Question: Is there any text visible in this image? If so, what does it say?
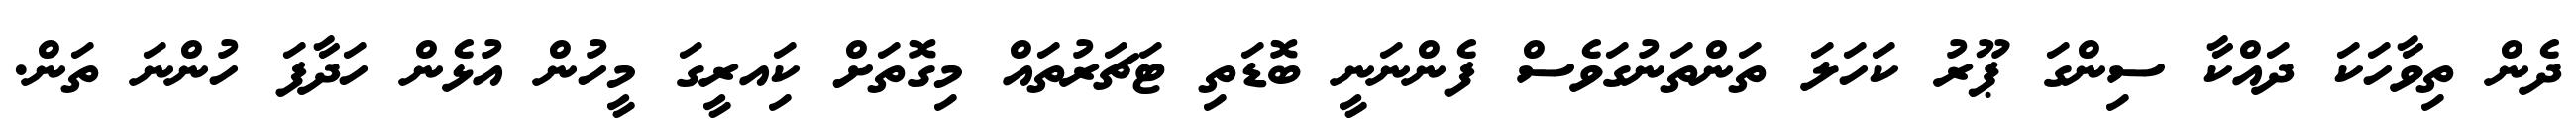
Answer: ދެން ތިވާހަކަ ދައްކާ ސިންގަ ޕޫރު ކަހަލަ ތަންތަނުގަވެސް ފެންނަނީ ބޮޑަތި ޓަޗަރުތައް މިގޮތަށް ކަިއރީގަ މީހުން އުޅެން ހަދާފަ ހުންނަ ތަން.